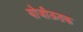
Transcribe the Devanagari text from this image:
योजीऊतक